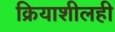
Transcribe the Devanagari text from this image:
क्रियाशीलही